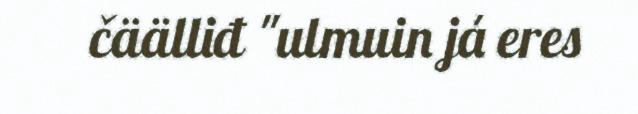
čäälliđ "ulmuin já eres